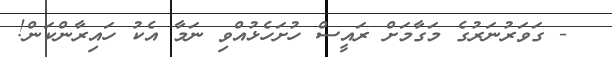
- ގަވަރުނަރުގެ މަގާމަށް ރައީސް ހުށަހެޅުއްވި ނަމާ އެކު ހައިރާންކަން!